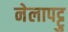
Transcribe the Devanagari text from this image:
नेलापट्टु